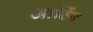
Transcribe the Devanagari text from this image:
आर्टिन